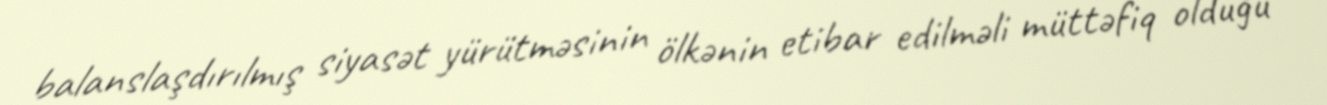
balanslaşdırılmış siyasət yürütməsinin ölkənin etibar edilməli müttəfiq olduğu